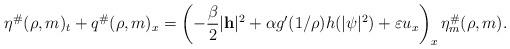
LaTeX: \begin{align*}\eta^\#(\rho,m)_t + q^\#(\rho,m)_x=\left( -\frac{\beta}{2}|\mathbf{h}|^2 + \alpha g'(1/\rho)h(|\psi|^2) + \varepsilon u_x \right)_x \eta_m^\#(\rho,m).\end{align*}